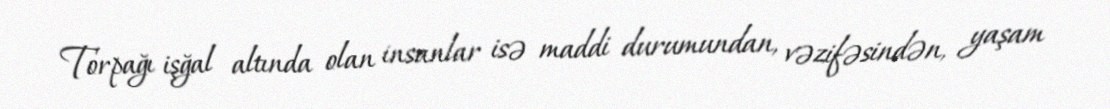
Torpağı işğal altında olan insanlar isə maddi durumundan, vəzifəsindən, yaşam